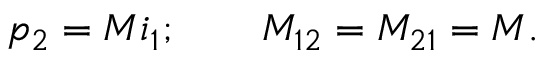
p _ { 2 } = M i _ { 1 } ; \qquad M _ { 1 2 } = M _ { 2 1 } = M .